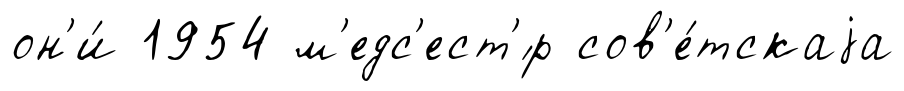
он'и́ 1954 м'едс'ест'́р сов'е́тскаjа